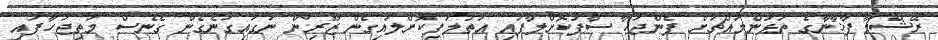
ރޭޝްމާ ފާޚާނާގެ ތަޅުންމައްޗަށް ފެންޖަހާ ސާފުކޮށްލާފައި އަތުލަފިކޮށްލައިގެން ޒޫރިން ނަގައިގަނެގެން ގެނެސް މަތިޖަހާފައި